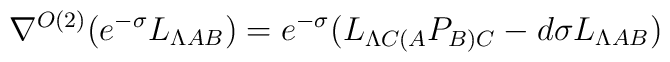
\nabla^{O(2)} (e^{-\sigma}L_{\Lambda AB}) = e^{-\sigma}( L_{\Lambda C(A} P_{B)C} - d\sigma L_{\Lambda AB} )